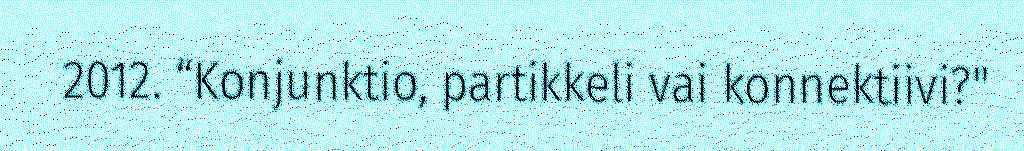
2012. “Konjunktio, partikkeli vai konnektiivi?"